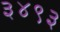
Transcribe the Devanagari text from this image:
३४९३